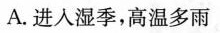
A.进入湿季，高温多雨